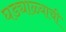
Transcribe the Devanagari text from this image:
घड्याळ्याची